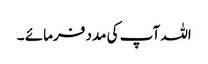
اللہ آپ کی مدد فرمائے ۔